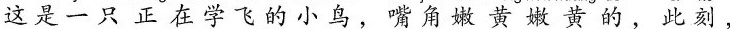
这是一只正在学飞的小鸟，嘴角嫩黄嫩黄的，此刻，